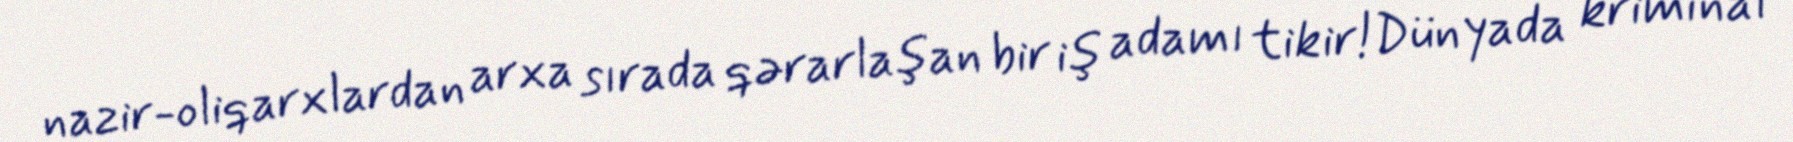
nazir-oliqarxlardan arxa sırada qərarlaşan bir iş adamı tikir!Dünyada kriminal